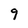
Character: 9